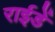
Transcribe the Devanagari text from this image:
राईडें